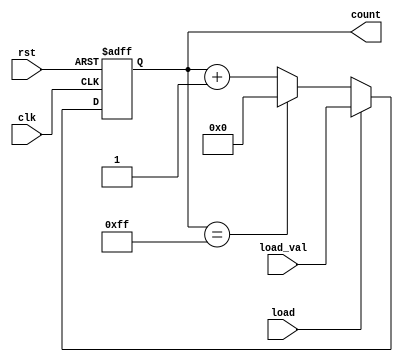
module loadable_counter (
    input wire clk,               // Clock input
    input wire rst,               // Reset input (active high)
    input wire load,              // Load input (active high)
    input wire [7:0] load_val,    // Value to load into the counter
    output reg [7:0] count        // Current counter value
);

// Parameters for the counter
parameter MAX_COUNT = 8'd255;   // Maximum count value
parameter MIN_COUNT = 8'd0;     // Minimum count value

// Always block for synchronous operations
always @(posedge clk or posedge rst) begin
    if (rst) begin
        count <= MIN_COUNT;       // Reset the counter to minimum value
    end else if (load) begin
        count <= load_val;        // Load the new value into the counter
    end else begin
        if (count == MAX_COUNT) begin
            count <= MIN_COUNT;   // Wrap around to minimum value if max is reached
        end else begin
            count <= count + 1;   // Increment the counter
        end
    end
end

endmodule